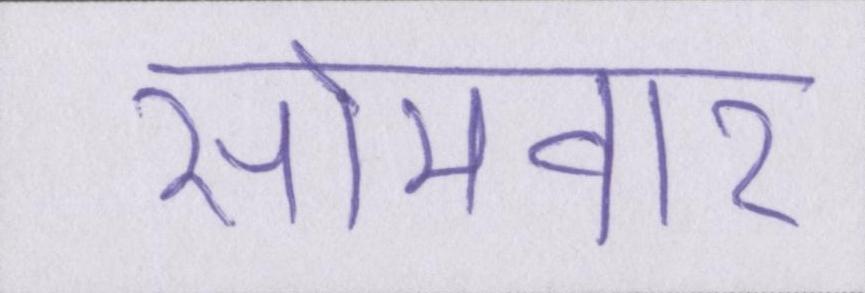
सोमवार